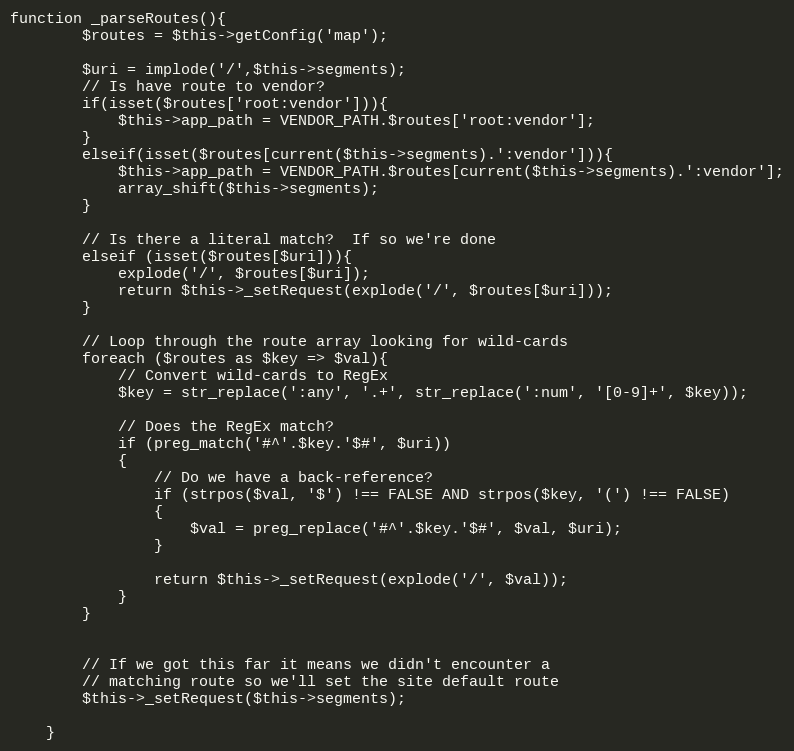
Language: PHP
function _parseRoutes(){
		$routes = $this->getConfig('map');

		$uri = implode('/',$this->segments);
		// Is have route to vendor?
		if(isset($routes['root:vendor'])){
			$this->app_path = VENDOR_PATH.$routes['root:vendor'];
		}
		elseif(isset($routes[current($this->segments).':vendor'])){
			$this->app_path = VENDOR_PATH.$routes[current($this->segments).':vendor'];
			array_shift($this->segments);
		}

		// Is there a literal match?  If so we're done
		elseif (isset($routes[$uri])){
			explode('/', $routes[$uri]);
			return $this->_setRequest(explode('/', $routes[$uri]));
		}

		// Loop through the route array looking for wild-cards
		foreach ($routes as $key => $val){
			// Convert wild-cards to RegEx
			$key = str_replace(':any', '.+', str_replace(':num', '[0-9]+', $key));

			// Does the RegEx match?
			if (preg_match('#^'.$key.'$#', $uri))
			{
				// Do we have a back-reference?
				if (strpos($val, '$') !== FALSE AND strpos($key, '(') !== FALSE)
				{
					$val = preg_replace('#^'.$key.'$#', $val, $uri);
				}

				return $this->_setRequest(explode('/', $val));
			}
		}

		// If we got this far it means we didn't encounter a
		// matching route so we'll set the site default route
		$this->_setRequest($this->segments);

	}